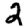
Digit: 2